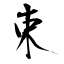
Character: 束